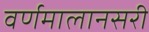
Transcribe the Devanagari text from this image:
वर्णमालानसरी